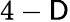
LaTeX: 4-\mathsf{D}